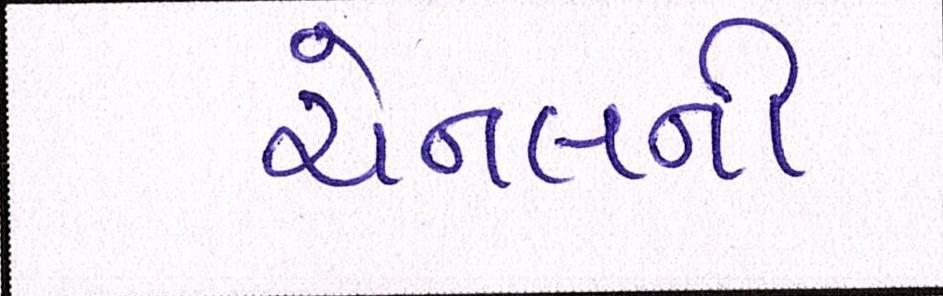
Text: ચેનલની